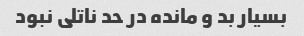
بسیار بد و مانده در حد ناتلی نبود